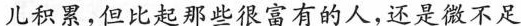
儿积累，但比起那些很富有的人，还是微不足